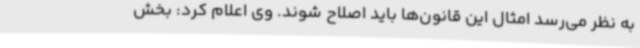
به نظر می‌رسد امثال این قانون‌ها باید اصلاح شوند. وی اعلام کرد: بخش